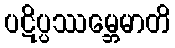
ပဋိပ္ပဿမ္ဘေမာတိ